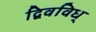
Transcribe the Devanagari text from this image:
द्विवविध्